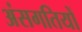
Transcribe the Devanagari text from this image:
अंसगतियों